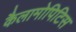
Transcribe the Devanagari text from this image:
कैलामोपिटिस